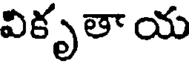
వికృతా య